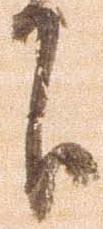
下